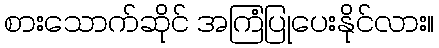
စားသောက်ဆိုင် အကြံပြုပေးနိုင်လား။